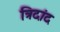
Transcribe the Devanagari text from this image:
त्रिदांद